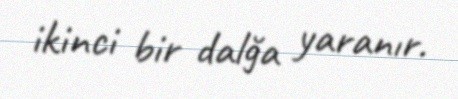
ikinci bir dalğa yaranır.